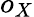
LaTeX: o_{X}